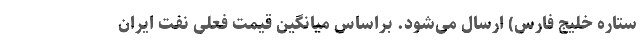
ستاره خلیج فارس) ارسال می‌شود. براساس میانگین قیمت فعلی نفت ایران